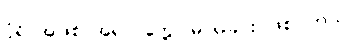
ပုံရိပ်အဖြစ် အရင် တွေ့ မြင်ရခြင်း ဖြစ်ပါတယ်။